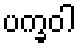
ပက္ခဝါ